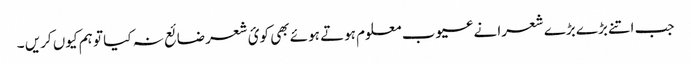
جب اتنے بڑے بڑے شعرا نے عیوب معلوم ہوتے ہوئے بھی کوئ شعر ضائع نہ کیا تو ہم کیوں کریں ۔